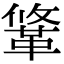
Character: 䩦